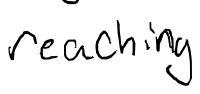
Text: reaching
Cross-out: clean
Writing tool: digital_black